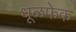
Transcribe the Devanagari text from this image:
धूळफेक